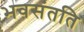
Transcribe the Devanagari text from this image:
भवसंतति